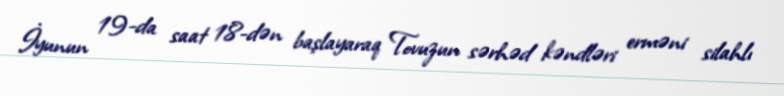
İyunun 19-da saat 18-dən başlayaraq Tovuzun sərhəd kəndləri erməni silahlı